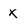
Character: x